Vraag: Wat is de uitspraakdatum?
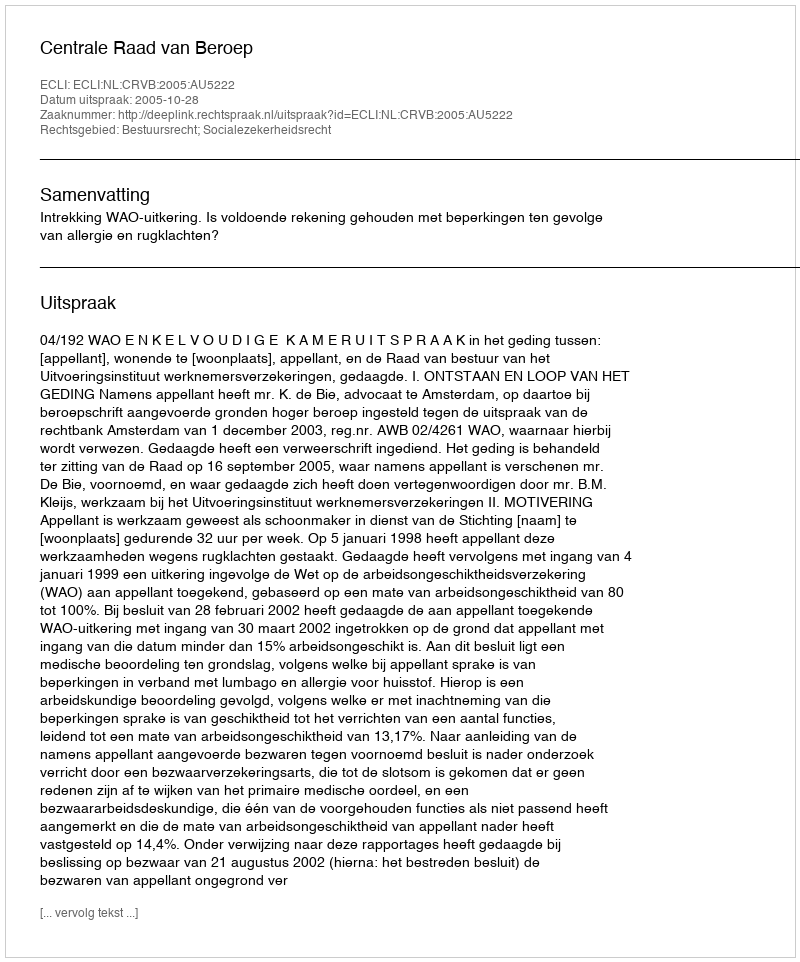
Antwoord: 2005-10-28